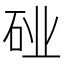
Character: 𬒆